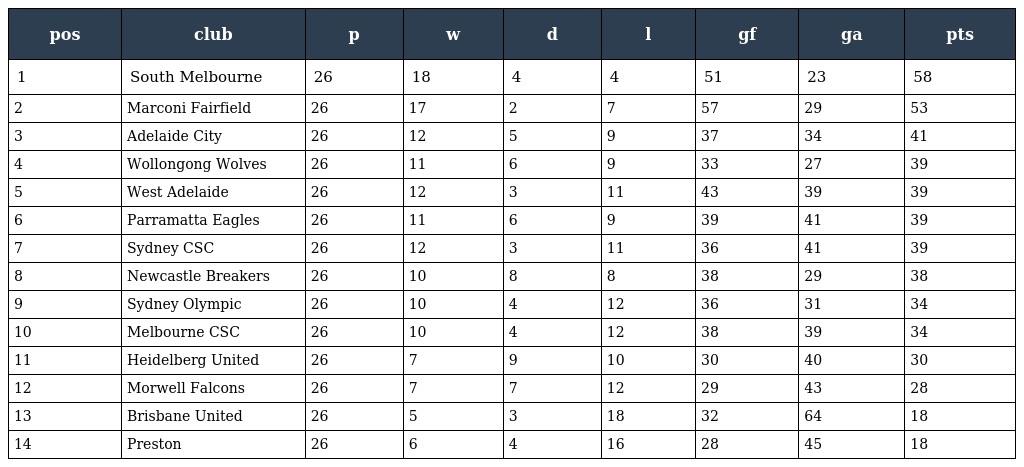
| pos | club | p | w | d | l | gf | ga | pts |
 | --- | --- | --- | --- | --- | --- | --- | --- | --- |
 | 1 | South Melbourne | 26 | 18 | 4 | 4 | 51 | 23 | 58 |
 | 2 | Marconi Fairfield | 26 | 17 | 2 | 7 | 57 | 29 | 53 |
 | 3 | Adelaide City | 26 | 12 | 5 | 9 | 37 | 34 | 41 |
 | 4 | Wollongong Wolves | 26 | 11 | 6 | 9 | 33 | 27 | 39 |
 | 5 | West Adelaide | 26 | 12 | 3 | 11 | 43 | 39 | 39 |
 | 6 | Parramatta Eagles | 26 | 11 | 6 | 9 | 39 | 41 | 39 |
 | 7 | Sydney CSC | 26 | 12 | 3 | 11 | 36 | 41 | 39 |
 | 8 | Newcastle Breakers | 26 | 10 | 8 | 8 | 38 | 29 | 38 |
 | 9 | Sydney Olympic | 26 | 10 | 4 | 12 | 36 | 31 | 34 |
 | 10 | Melbourne CSC | 26 | 10 | 4 | 12 | 38 | 39 | 34 |
 | 11 | Heidelberg United | 26 | 7 | 9 | 10 | 30 | 40 | 30 |
 | 12 | Morwell Falcons | 26 | 7 | 7 | 12 | 29 | 43 | 28 |
 | 13 | Brisbane United | 26 | 5 | 3 | 18 | 32 | 64 | 18 |
 | 14 | Preston | 26 | 6 | 4 | 16 | 28 | 45 | 18 |